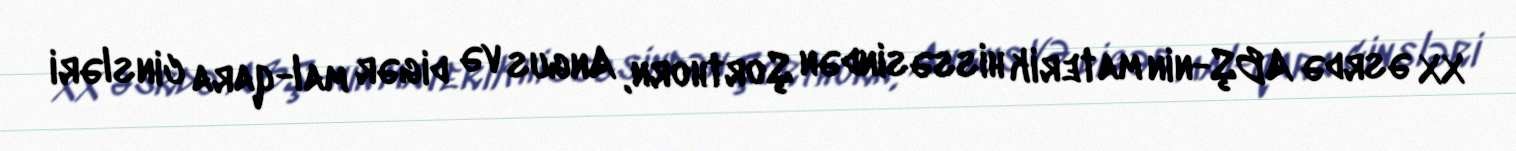
XX əsrdə ABŞ-nin materik hissəsindən Şorthorn, Angus və digər mal-qara cinsləri